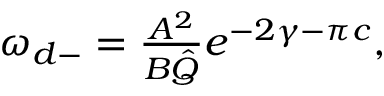
\begin{array} { r } { \omega _ { d - } = \frac { A ^ { 2 } } { B \hat { Q } } e ^ { - 2 \gamma - \pi c } , } \end{array}